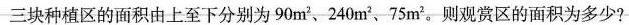
三块种植区的面积由上至下分别为90m^{2}、240m^{2}、75m^{2}。则观赏区的面积为多少?